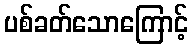
ပစ်ခတ်သောကြောင့်